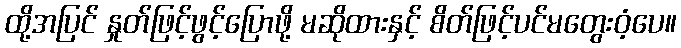
ထို့အပြင် နှုတ်ဖြင့်ဖွင့်ပြောဖို့ မဆိုထားနှင့် စိတ်ဖြင့်ပင်မတွေးဝံ့ပေ။